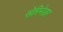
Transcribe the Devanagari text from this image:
सेरिनेडर